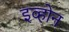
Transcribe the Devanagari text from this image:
इव्होन